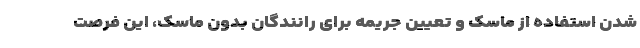
شدن استفاده از ماسک و تعیین جریمه برای رانندگان بدون ماسک، این فرصت